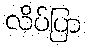
လိပ်ပြာ